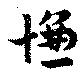
慊